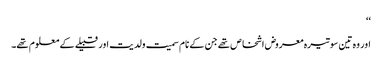
‘‘
اور وہ تین سو تیرہ معروض اشخاص تھے جن کے نام سمیت ولدیت اور قبیلے کے معلوم تھے۔